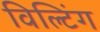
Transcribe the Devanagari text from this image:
विल्टिंग